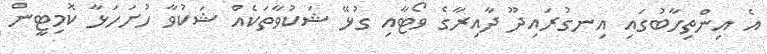
އެ އިންތިހާބުގައި އިނގުރައިދޫ ދާއިރާގެ ވޯޓާއި ގުޅޭ ޝަކުވާތަކެއް ޝަކުވާ ހުށަހަޅާ ކޮމިޓީން